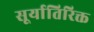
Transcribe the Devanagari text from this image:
सूर्यातिरिक्त